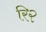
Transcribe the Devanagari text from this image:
रि२